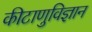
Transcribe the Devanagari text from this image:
कीटाणुविज्ञान